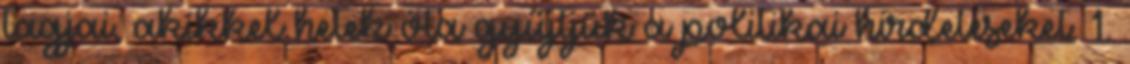
tagjai, akikkel hetek óta gyűjtjük a politikai hirdetéseket. 1.